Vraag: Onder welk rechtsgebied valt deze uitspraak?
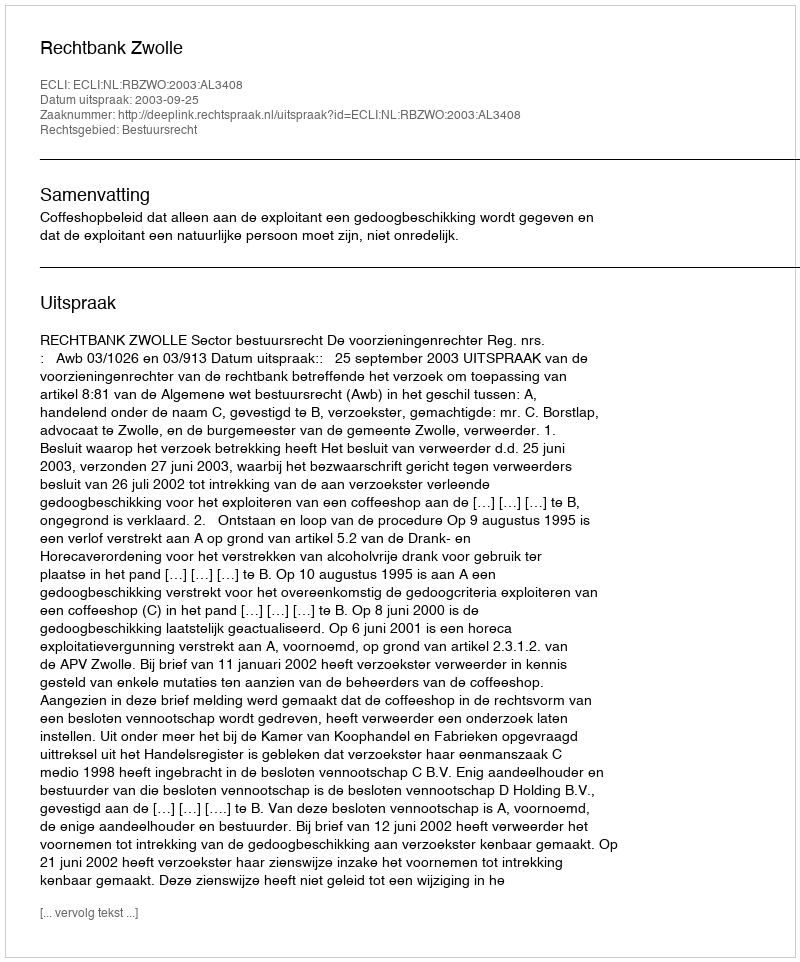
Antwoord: Bestuursrecht